Report on vaccination North-West Frontier Province 1904-1922 - 1904-1922
Year: 1904
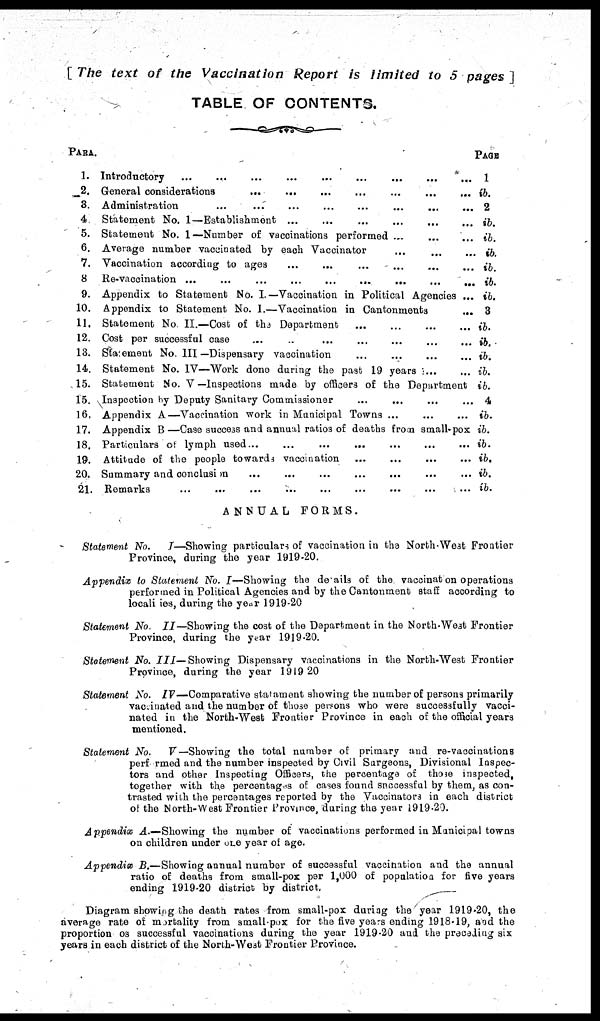
[ The text of the Vaccination
Report
is limited
to 5 pages ]
TABLE OF CONTENTS.
PARA.
1.
2.
3.
4
5.
6.
7.
8
9.
10.
11.
12.
13.
14.
15.
15.
16.
17.
18.
19.
20.
21.
Introductory
...
...
...
...
...
...
...
...
...
General considerations
...
...
...
...
...
...
...
Administration ... ... ... ... ... ... ... ... ...
Statement No. 1—Establishment ... ... ... ... ... ...
Statement No. 1—Number of vaccinations performed ... ... ...
Average number vaccinated by each Vaccinator ... ... ...
Vaccination according to ages ... ... ... ... ...
Re-vaccination
...
...
...
...
...
...
...
...
...
Appendix to Statement No. I.—Vaccination in Political Agencies ...
Appendix to Statement No. 1.—Vaccination in Cantonments
...
Statement No II.—Cost of the Department
...
...
...
...
Cost per successful case ... ... ... ... ... ... ...
Statement No. III—Dispensary vaccination
...
...
...
...
Statement No. IV—Work done during the past 19 years
...
...
Statement No. V —Inspections made by officers of the Department
Inspection by Deputy Sanitary Commissioner ... ... ... ...
Appendix A—Vaccination work in Municipal Towns ... ... ...
Appendix B —Case success and annual ratios of deaths from small-pox
Particulars of lymph used ... ... ... ... ... ... ...
Attitude of the people towards vaccination ... ... ... ...
Summary and conclusion ... ... ... ... ... ... ...
Remarks ... ... ... ... ... ... ... ... ...
PAGE
1
ib.
2
ib.
ib.
ib.
ib.
ib.
ib.
3
ib.
ib.
ib.
ib.
ib.
4
ib.
ib.
ib.
ib.
ib.
ib.
ANNUAL
FORMS.
Statement No.
I—Showing particulars of vaccination in the North-West Frontier
Province, during the year 1919-20.
Appendix to Statement No. I—Showing the details of the vaccination operations
performed in Political Agencies and by the Cantonment staff according to
localities, during the year 1919-20.
Statement No. II—Showing the cost of the Department in the North-West Frontier
Province, during the year 1919-20.
Statement No. III—Showing
Dispensary vaccinations in the North-West Frontier
Province, during the year 1919-20.
Statement No. IV—Comparative statement showing the number of persons primarily
vacinated and the number of those persons who were successfully vacci-
nated in the North-West Frontier Province in each of the official years
mentioned.
Statement No.
V—Showing the total number of primary and re-vaccinations
performed and the number inspected by Civil Surgeons, Divisional Inspec-
tors and other Inspecting Officers, the percentage of those inspected,
together with the percentage of cases found successful by them, as con-
trasted with the percentages reported by the Vaccinators in each district
of the North-West Frontier Province, during the year 1919-20.
Appendix A.—Showing the number of vaccinations performed in Municipal towns
on children under one year of age.
Appendix B.—Showing annual number of successful vaccination and the annual
ratio of deaths from small-pox per 1,000 of population for five years
ending 1919-20 district by district.
Diagram showing the death rates from small-pox during the year 1919-20, the
average rate of mortality from small-pox for the five years ending 1918-19, and the
proportion os successful vaccinations during the year 1919-20 and the preceding six
years in each district of the North-West Frontier Province.